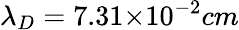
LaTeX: {\lambda_{D}}=7.31{\times}10^{-2}cm